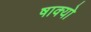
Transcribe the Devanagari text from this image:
षाक्यो